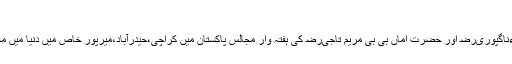
ہفتہ وار مجالس (محافل،فاتحائیں)
حضرت سید محمد بابا تاج الدین اولیاءناگپوریﺭﺿ اور حضرت اماں بی بی مریم تاجیﺭﺿ کی ہفتہ وار مجالس پاکستان میں کراچی،حیدرآباد،میرپور خاص میں دنیا میں مختلف حصوں میں منعقد کی جاتی ہیں۔